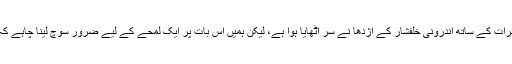
پاکستان کو غیر مستحکم کرنے کے لیے دنیا بھر میں اربوں ڈالرز خرچ کیے جا رہے ہیں، بیرونی خطرات کے ساتھ اندرونی خلفشار کے اژدھا نے سر اٹھایا ہوا ہے، لیکن ہمیں اس بات پر ایک لمحے کے لیے ضرور سوچ لینا چاہے کہ ہم اُس نظام حیات کے پیروکاروں میں سے ہیں جن کا پہلا کلام ہی سلامتی و امن سے شروع ہوتا ہے۔